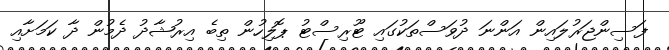
ފަސިންޖަރުލައިން އަންނަ ދުވަސްތަކުގައި ޓޫރިސްޓު ޕޮލިހުން ތިބެ އިރުޝާދު ދެމުން ދާ ކަމަށާއި